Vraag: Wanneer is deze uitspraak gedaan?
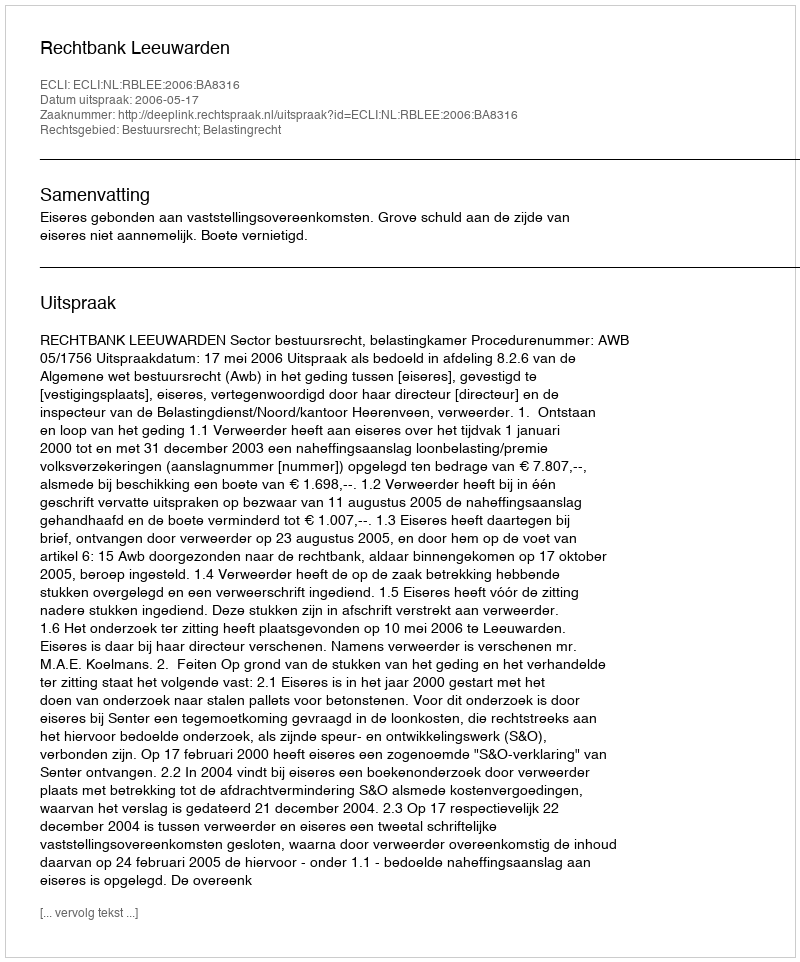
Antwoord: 2006-05-17